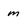
Character: m